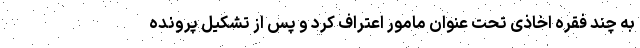
به چند فقره اخاذی تحت عنوان مامور اعتراف کرد و پس از تشکیل پرونده